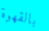
بالقهوة